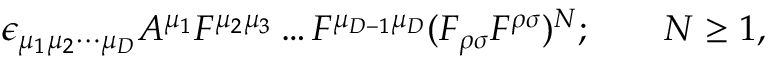
\epsilon _ { \mu _ { 1 } \mu _ { 2 } \cdots \mu _ { D } } A ^ { \mu _ { 1 } } F ^ { \mu _ { 2 } \mu _ { 3 } } \ldots F ^ { \mu _ { D - 1 } \mu _ { D } } ( F _ { \rho \sigma } F ^ { \rho \sigma } ) ^ { N } ; \qquad N \geq 1 ,